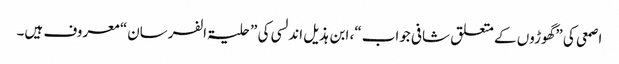
اصمعی کی ”گھوڑوں کے متعلق شافی جواب“، ابن ہذیل اندلسی کی ”حلیۃ الفرسان“ معروف ہیں۔